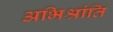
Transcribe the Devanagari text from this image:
अभिश्रांति